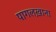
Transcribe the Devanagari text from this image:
पागलख़ाना